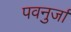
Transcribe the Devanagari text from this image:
पवनुर्जा